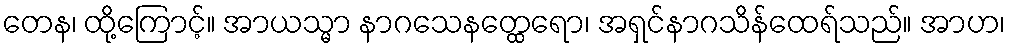
တေန၊ ထို့ကြောင့်။ အာယသ္မာ နာဂသေနတ္ထေရော၊ အရှင်နာဂသိန်ထေရ်သည်။ အာဟ၊